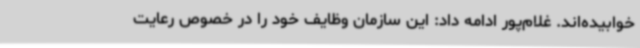
خوابیده‌اند. غلام‌پور ادامه داد: این سازمان وظایف خود را در خصوص رعایت